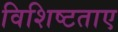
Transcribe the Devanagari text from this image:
विशिष्टताए